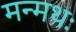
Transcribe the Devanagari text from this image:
मन्मथः